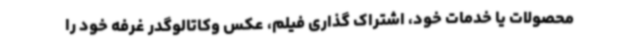
محصولات یا خدمات خود، اشتراک گذاری فیلم، عکس وکاتالوگدر غرفه خود را